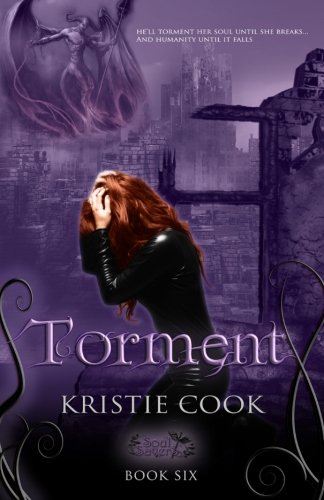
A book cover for Torment (Soul Savers Series) (Volume 6); Kristie Cook; Science Fiction & Fantasy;